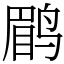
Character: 鹛